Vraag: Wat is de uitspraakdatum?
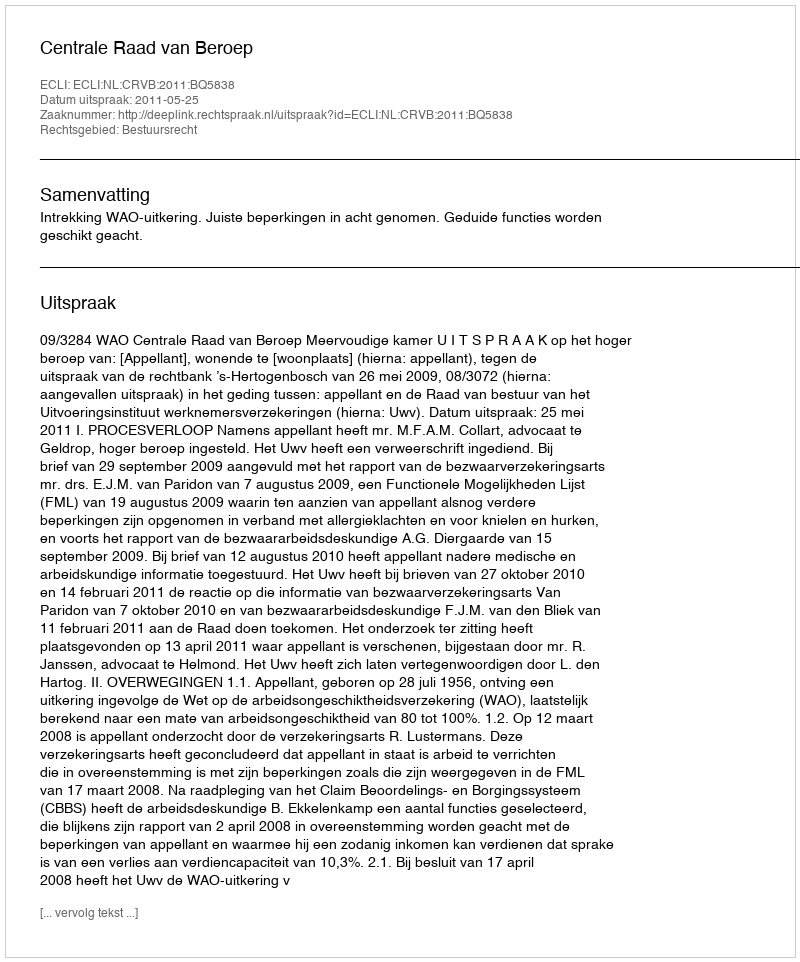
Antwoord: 2011-05-25